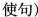
使句)